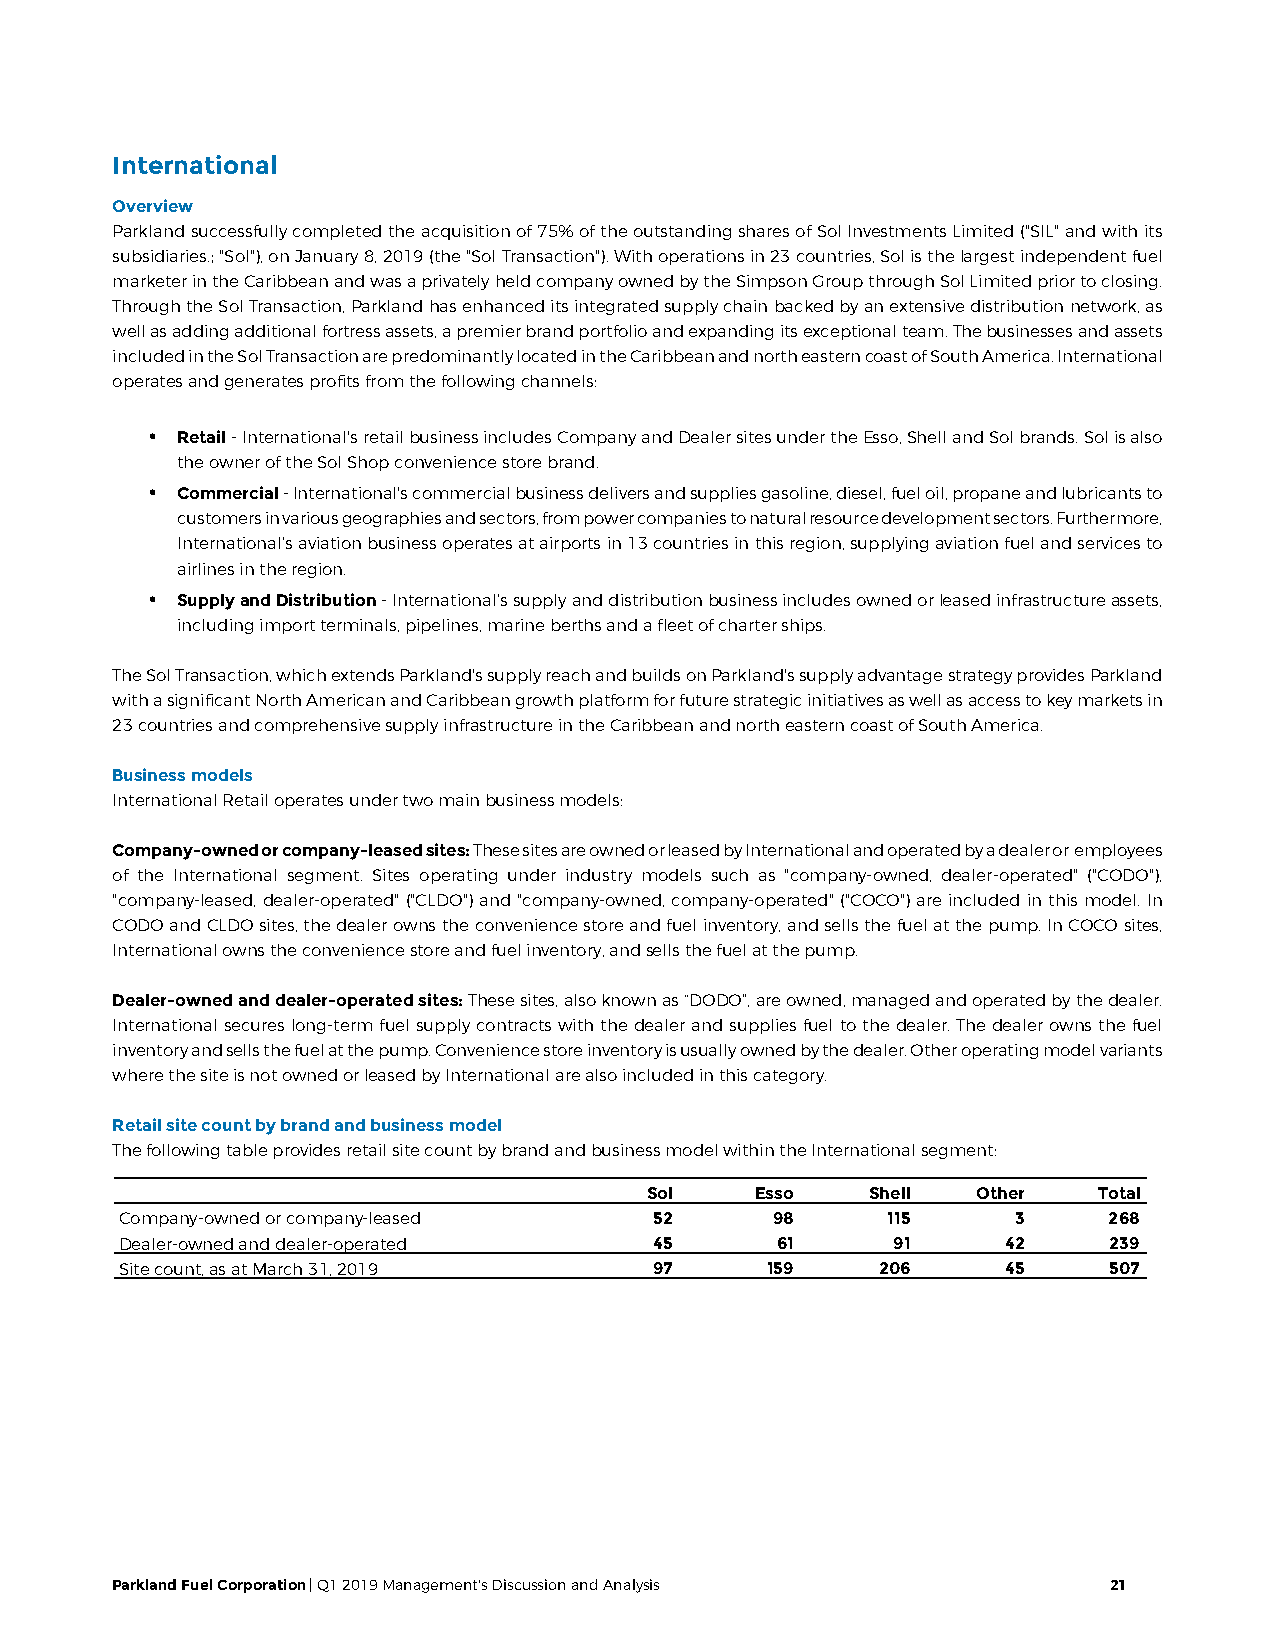
International
 Overview
 Parkland successfully completed the acquisition of 75% of the outstanding shares of Sol Investments Limited ("SIL" and with its
 subsidiaries.; "Sol"), on January 8, 2019 (the "Sol Transaction"). With operations in 23 countries, Sol is the largest independent fuel
 marketer in the Caribbean and was a privately held company owned by the Simpson Group through Sol Limited prior to closing.
 Through the Sol Transaction, Parkland has enhanced its integrated supply chain backed by an extensive distribution network, as
 well as adding additional fortress assets, a premier brand portfolio and expanding its exceptional team. The businesses and assets
 included in the Sol Transaction are predominantly located in the Caribbean and north eastern coast of South America. International
 operates and generates profits from the following channels:
 • Retail - International's retail business includes Company and Dealer sites under the Esso, Shell and Sol brands. Sol is also
 the owner of the Sol Shop convenience store brand.
 • Commercial - International's commercial business delivers and supplies gasoline, diesel, fuel oil, propane and lubricants to
 customers in various geographies and sectors, from power companies to natural resource development sectors. Furthermore,
 International’s aviation business operates at airports in 13 countries in this region, supplying aviation fuel and services to
 airlines in the region.
 • Supply and Distribution - International’s supply and distribution business includes owned or leased infrastructure assets,
 including import terminals, pipelines, marine berths and a fleet of charter ships.
 The Sol Transaction, which extends Parkland's supply reach and builds on Parkland's supply advantage strategy provides Parkland
 with a significant North American and Caribbean growth platform for future strategic initiatives as well as access to key markets in
 23 countries and comprehensive supply infrastructure in the Caribbean and north eastern coast of South America.
 Business models
 International Retail operates under two main business models:
 Company-owned or company-leased sites: These sites are owned or leased by International and operated by a dealer or employees
 of the International segment. Sites operating under industry models such as "company-owned, dealer-operated" ("CODO"),
 "company-leased, dealer-operated" ("CLDO") and "company-owned, company-operated" ("COCO") are included in this model. In
 CODO and CLDO sites, the dealer owns the convenience store and fuel inventory, and sells the fuel at the pump. In COCO sites,
 International owns the convenience store and fuel inventory, and sells the fuel at the pump.
 Dealer-owned and dealer-operated sites: These sites, also known as “DODO”, are owned, managed and operated by the dealer.
 International secures long-term fuel supply contracts with the dealer and supplies fuel to the dealer. The dealer owns the fuel
 inventory and sells the fuel at the pump. Convenience store inventory is usually owned by the dealer. Other operating model variants
 where the site is not owned or leased by International are also included in this category.
 Retail site count by brand and business model
 The following table provides retail site count by brand and business model within the International segment:
 Sol    Esso    Shell  Other   Total
 Company-owned or company-leased    52      98      115     3     268
 Dealer-owned and dealer-operated   45      61      91      42    239
 Site count, as at March 31, 2019   97      159    206      45    507
 Parkland Fuel Corporation | Q1 2019 Management's Discussion and Analysis 21